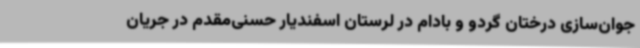
جوان‌سازی درختان گردو و بادام در لرستان اسفندیار حسنی‌مقدم در جریان